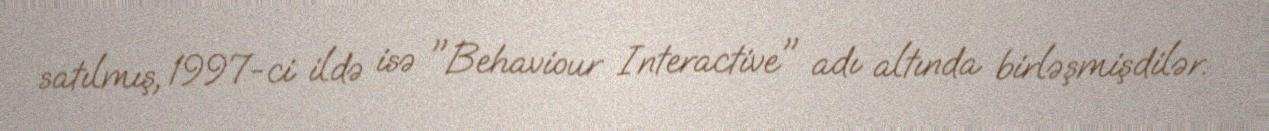
satılmış, 1997-ci ildə isə "Behaviour Interactive" adı altında birləşmişdilər.